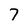
Character: 7